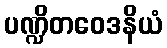
ပဏ္ဍိတဝေဒနိယံ